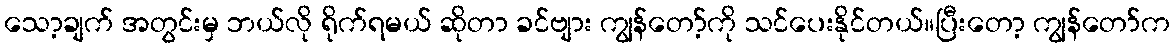
သော့ချက် အတွင်းမှ ဘယ်လို ရိုက်ရမယ် ဆိုတာ ခင်ဗျား ကျွန်တော့်ကို သင်ပေးနိုင်တယ်။ပြီးတော့ ကျွန်တော်က